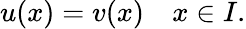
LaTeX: u(x)=v(x)\quad x\in I.